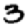
Digit: 3